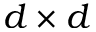
d \times d